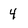
Character: 4